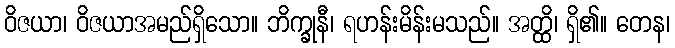
ဝိဇယာ၊ ဝိဇယာအမည်ရှိသော။ ဘိက္ခုနီ၊ ရဟန်းမိန်းမသည်။ အတ္ထိ၊ ရှိ၏။ တေန၊